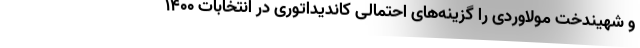
و شهیندخت مولاوردی را گزینه‌های احتمالی کاندیداتوری در انتخابات ۱۴۰۰